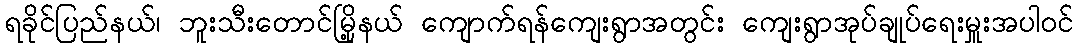
ရခိုင်ပြည်နယ်၊ ဘူးသီးတောင်မြို့နယ် ကျောက်ရန်ကျေးရွာအတွင်း ကျေးရွာအုပ်ချုပ်ရေးမှူးအပါဝင်